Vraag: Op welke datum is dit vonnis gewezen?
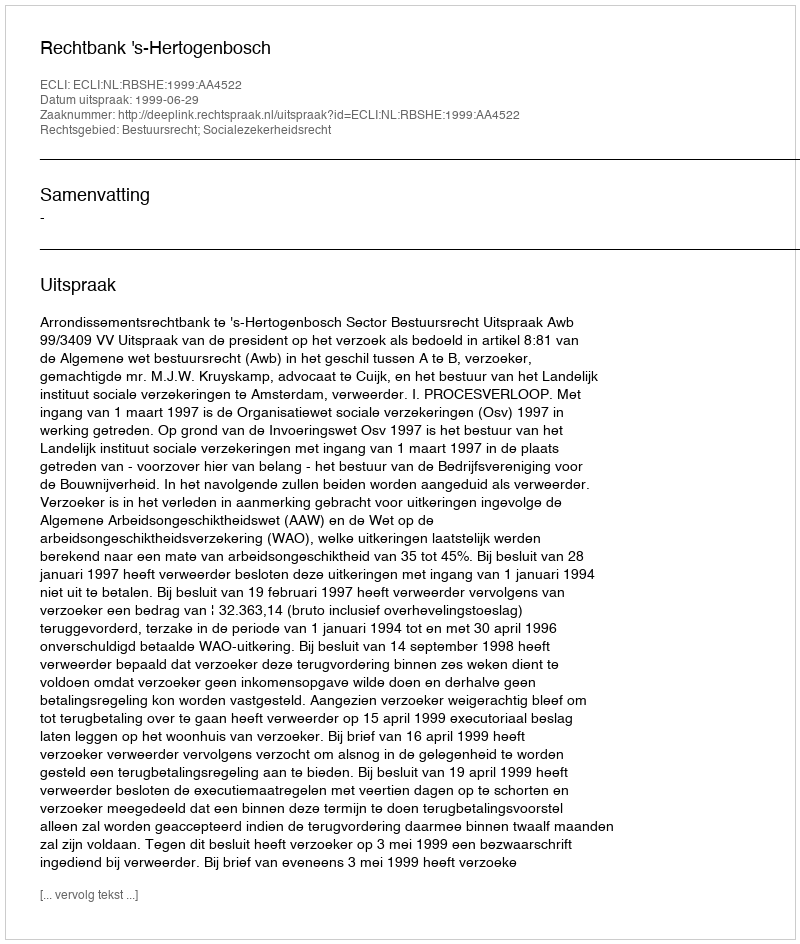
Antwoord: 1999-06-29